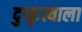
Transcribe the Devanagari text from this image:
दुष्कृत्याला